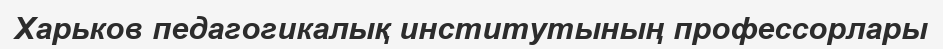
Харьков педагогикалық институтының профессорлары